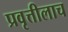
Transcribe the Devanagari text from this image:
प्रवृत्तीलाच